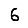
Digit: 6